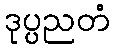
ဒုပ္ပညတံ